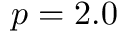
p = 2 . 0